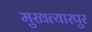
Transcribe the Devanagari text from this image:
मुखत्यारपुर